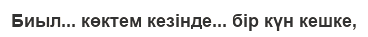
Биыл... көктем кезінде... бір күн кешке,